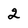
Character: 2